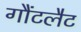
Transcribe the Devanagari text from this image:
गौंटलैट